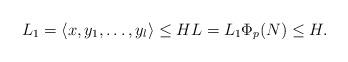
LaTeX: \begin{align*} L_1 = \langle x, y_1, \ldots, y_l \rangle \le H L = L_1 \Phi_p(N) \le H. \end{align*}